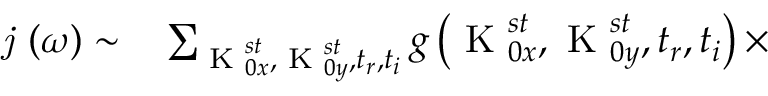
\begin{array} { r l } { \textit { j } ( \omega ) \sim } & { { } \sum _ { \textrm { K } _ { 0 x } ^ { s t } , \textrm { K } _ { 0 y } ^ { s t } , t _ { r } , t _ { i } } g \left( \textrm { K } _ { 0 x } ^ { s t } , \textrm { K } _ { 0 y } ^ { s t } , t _ { r } , t _ { i } \right) \times } \end{array}